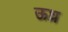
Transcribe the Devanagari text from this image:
ऊध्र